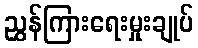
ညွှန်ကြားရေးမှုးချုပ်